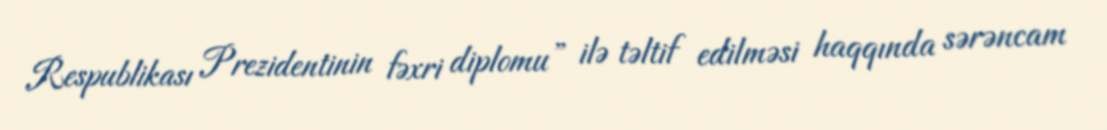
Respublikası Prezidentinin fəxri diplomu” ilə təltif edilməsi haqqında sərəncam